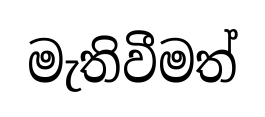
මැතිවීමත්